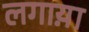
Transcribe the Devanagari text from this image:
लगाय़ा